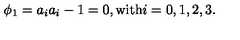
\phi _ { 1 } = a _ { i } a _ { i } - 1 = 0 , \mathrm { w i t h } i = 0 , 1 , 2 , 3 .